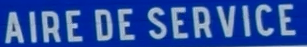
AIRE DE SERVICE